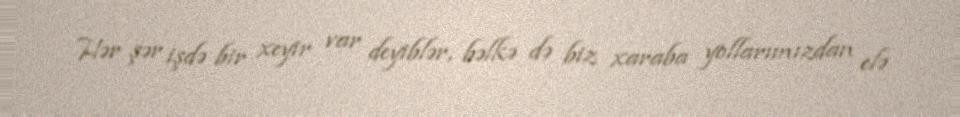
Hər şər işdə bir xeyir var deyiblər, bəlkə də biz xaraba yollarımızdan elə